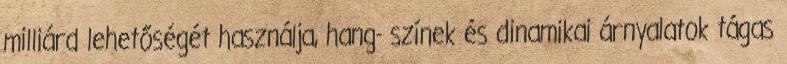
milliárd lehetőségét használja, hang- színek és dinamikai árnyalatok tágas